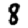
Digit: 8